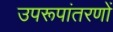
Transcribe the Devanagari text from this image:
उपरूपांतरणों